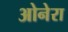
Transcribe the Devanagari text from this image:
ओनेरा